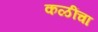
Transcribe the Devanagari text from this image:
कळींचा